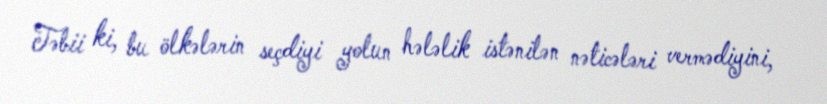
Təbii ki, bu ölkələrin seçdiyi yolun hələlik istənilən nəticələri vermədiyini,